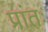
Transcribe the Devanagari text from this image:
प्रांतः